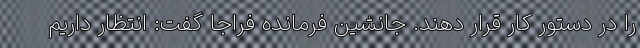
را در دستور کار قرار دهند. جانشین فرمانده فراجا گفت: انتظار داریم